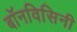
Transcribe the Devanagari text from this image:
बॉनविसिनी